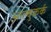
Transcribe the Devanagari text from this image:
आल्बुकर्क